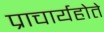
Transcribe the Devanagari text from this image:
प्राचार्यहोते